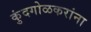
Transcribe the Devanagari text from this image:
कुंदगोळकरांना